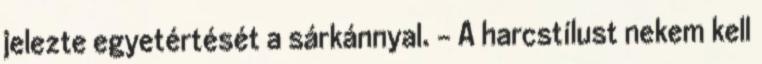
jelezte egyetértését a sárkánnyal. – A harcstílust nekem kell